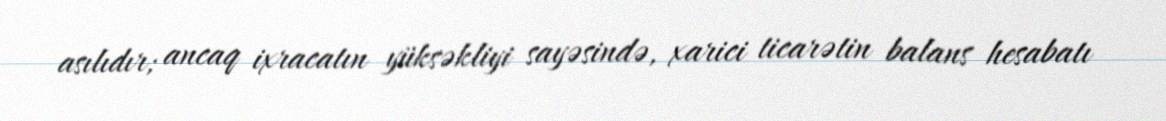
asılıdır; ancaq ixracatın yüksəkliyi sayəsində, xarici ticarətin balans hesabatı